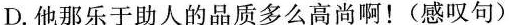
D.他那乐于助人的品质多么高尚啊！(感叹句)